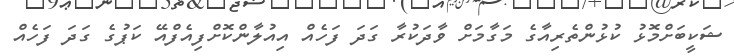
ޝަކީބަށްމޮޅު ކުޅުންތެރިއާގެ މަގާމަށް ވާދަކުރާ ގަދަ ފަހެއް އިއުލާންކޮށްފިއެފްއޭ ކަޕުގެ ގަދަ ފަހެއް